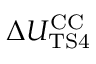
\Delta { U _ { \mathrm { T S 4 } } ^ { \mathrm { C C } } }